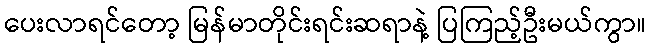
ပေးလာရင်တော့ မြန်မာတိုင်းရင်းဆရာနဲ့ ပြကြည့်ဦးမယ်ကွာ။